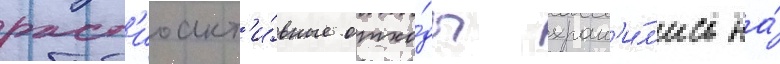
рад'иоакт'и́вные отхо́ды хран'и́л'ись на́